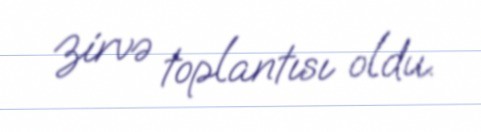
zirvə toplantısı oldu.